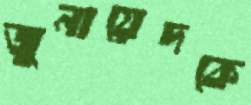
জুনায়েদকে